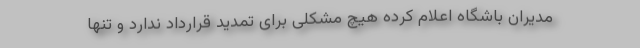
مدیران باشگاه اعلام کرده هیچ مشکلی برای تمدید قرارداد ندارد و تنها